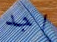
اجد